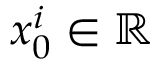
x _ { 0 } ^ { i } \in \mathbb { R }